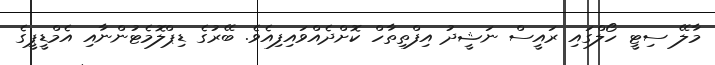
މާލޭ ސިޓީ ހޯލްގައި ރައީސް ނަޝީދު އިފްތިތާހް ކޮށްދެއްވައިފިއެވެ. ބޭރުގެ ޑިޕްލޮމެޓުންނާއި އެމްޑީޕީގެ